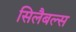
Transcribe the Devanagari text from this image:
सिलैबल्स